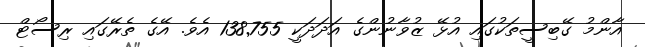
އާންމު ގޭބިސީތަކުގައި އުޅޭ ޒުވާނުންގެ އަދަދަކީ 138